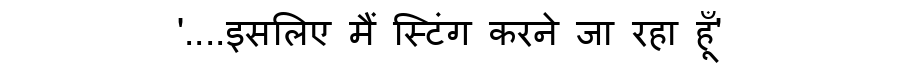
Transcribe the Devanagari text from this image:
'....इसलिए मैं स्टिंग करने जा रहा हूँ'